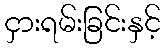
ငှားရမ်းခြင်းနှင့်